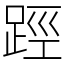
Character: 踁